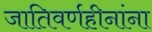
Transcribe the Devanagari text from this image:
जातिवर्णहीनांना